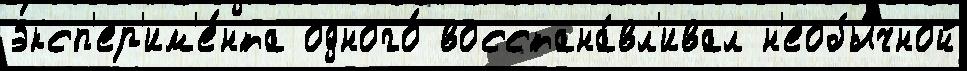
эксп'ер'им'е́нта одного́ восстана́вл'ивал н'еобы́чной